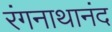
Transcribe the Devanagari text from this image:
रंगनाथानंद